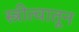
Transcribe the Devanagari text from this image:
स्त्रीत्वातून